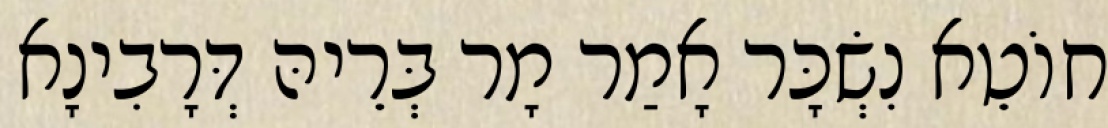
חוֹטֵא נִשְׂכָּר אָמַר מָר בְּרֵיהּ דְּרָבִינָא